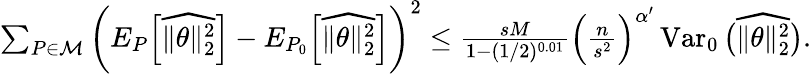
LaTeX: \begin{array}{r}{\sum_{P\in{\mathcal M}}\bigg(E_{P}\Big[\widehat{\| \theta\| _{2}^{2}}\Big]-E_{P_{0}}\Big[\widehat{\| \theta\| _{2}^{2}}\Big]\bigg)^{2}\leq\frac{sM}{1-(1/2)^{0.01}}\Big(\frac n{s^{2}}\Big)^{\alpha^{\prime}}\operatorname{Var}_{0}\big(\widehat{\| \theta\| _{2}^{2}}\big).}\end{array}